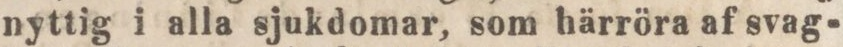
nyttig i alla sjukdomar, som härröra af svag-